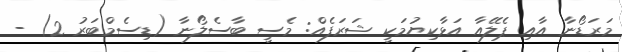
މަރަޑޯނާ އާއި ޕެލޭއާ އަޅާކިޔުމަކީ ޝަރަފެއް: މެސީ ބާސެލޯނާ (ޑިސެމްބަރު 2) -